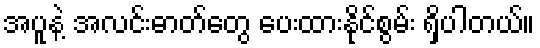
အပူနဲ့ အလင်းဓာတ်တွေ ပေးထားနိုင်စွမ်း ရှိပါတယ်။